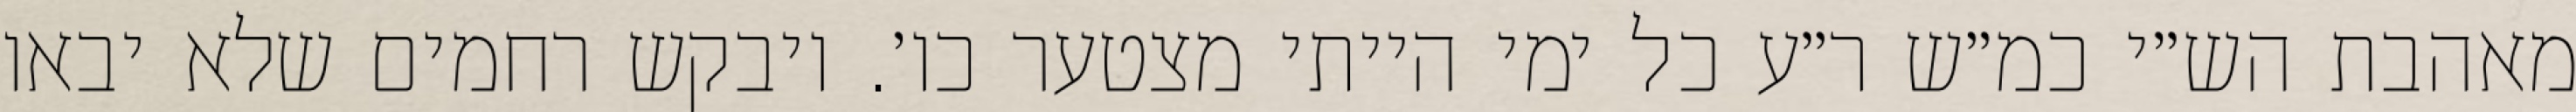
מאהבת הש״י כמ״ש ר״ע כל ימי הייתי מצטער כו׳. ויבקש רחמים שלא יבאו